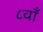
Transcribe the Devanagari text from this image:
८वाँ